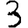
Digit: 3